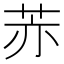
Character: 𦮰